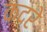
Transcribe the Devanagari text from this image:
क़दरे